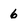
Character: 6